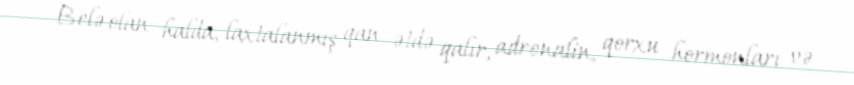
Belə olan halda, laxtalanmış qan ətdə qalır, adrenalin, qorxu hormonları və